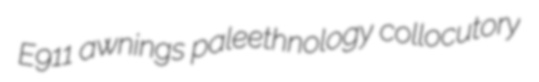
E911 awnings paleethnology collocutory